Medical and sanitary report of the native army of Bengal for the year
Year: 1875
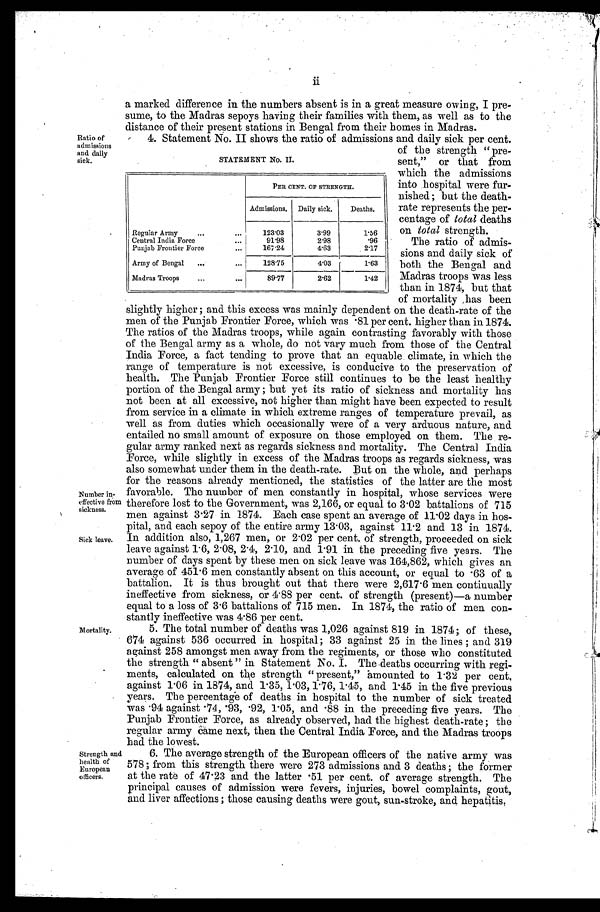
STATEMENT No. II.
PER CENT OF STRENGTH.
Admissions,
Daily sick.
Deaths.
Regular Army
. . .
123.03
3.99
1.56
Central India Force . . .
91.98
2.98
.96
Punjab Frontier Force
. . .
167.24
4.63
2.17
Army of Bengal
. . .
128.75
4.03
1.63
Madras Troops
. . .
89.77
2.62
1.42
Ratio of
admissions
and daily
sick.
Number in
-effective from
sickness.
Sick leave.
Mortality.
a marked difference in the numbers absent is in a great measure owing, I pre
-sume, to the Madras sepoys having their families with them, as well as to the
distance of their present stations in Bengal from their homes in Madras.
4. Statement No. II shows the ratio of admissions and daily sick per cent.
of the strength "pre
-sent," or that from
which tthe admissions
into hospital were
fur-nished; but the death--
rate represents the per
-centage
of total deaths
on tota ls t r e . n g t h .
The ratio of admis
- s i o n s a n d d a i l y s i c k o f
both the Bengal and
Madras troops was less
than in 1874, but that
of mortality ,has been
slightly higher; and this excess was mainly dependent on the death-rate of the
men of the Punjab Frontier Force, which was .81 per cent. higher than in 1874.
The ratios of the Madras troops, while again contrasting favorably with those
of the Bengal army as a whole, do not vary much from those of the Central
India Force, a fact tending to prove that an equable climate, in which the
range of temperature is not excessive, is conducive to the preservation of
health. The Punjab Frontier Force still continues to be the least healthy
portion of the Bengal army; but yet its ratio of sickness and mortality has
not been at all excessive, not higher than might have been expected to result
from service in a climate in which extreme ranges of temperature prevail, as
well as from duties which occasionally were of a very arduous nature, and
entailed no small amount of exposure on those employed on them. The re
-gular army ranked next as regards sickness and mortality. The Central India
Force, while slightly in excess of the Madras troops as regards sickness, was
also somewhat under them in the death-rate. But on the whole, and perhaps
for the reasons already mentioned, the statistics of the latter are the most
favorable. The number of men constantly in hospital, whose services were
therefore lost to the Government, was 2,166, or equal to 3.02 battalions of 715
men against 3.27 in 1874. Each case spent an average of 11.02 days in hos
-pital, and each sepoy of the entire army 13.03, against 11.2 and 13 in 1874.
In addition also, 1,267 men, or 2.02 per cent. of strength, proceeded on sick
leave against 1.6, 2.08, 2.4, 2.10, and 1.91 in the preceding five years. The
number of days spent by these men on sick leave was 164,862, which gives an
average of 451.6 men constantly absent on this account, or equal to .63 of a
battalion. It is thus brought out that there were 2,617.6 men continually
ineffective from sickness, or 4.88 per cent. of strength (present)—a number
equal to a loss of 3.6 battalions of 715 men. In 1874, the ratio of men con
-stantly ineffective was 4-86 per cent.
5 . T h e t o t a l n u m b e r o I d e a t n s w a s 1 , 0 2 6 a g a i n s t 8 1 9i
n
1 8 7 4 ;o
f t h e s e ,
674 against 536 occurred in hospital; 33 against 25 in the lines; and 319
against 258 amongst men away from the regiments, or those who constituted
the strength "absent" in Statement No. I. The deaths occurring with regi
- m e n t s , c a l c u l a t e d o n t h e s t r e n g t h " p r e s e n t , " a m o u n t e d t o 1 . 3 2p
e r
c e n t ,
against 1.06 in 1874, and 1.35, 1.03, 1.76, 1.45, and 1.45 in the five previous
years. The percentage of deaths in hospital to the number of sick treated
was .94 against .74, .93, .92, 1.05, and .88 in the preceding five years. The
Punjab Frontier Force, as already observed, had the highest death-rate; the
regular army Came next, then the Central India Force, and the Madras troops
had. the lowest.
Strength and
health of
European
officers.
6. The average strength of the European officers of the native army was
578; from this strength there were 273 admissions and 3 deaths; the former
at the rate of 47.23 and the latter .51 per cent of average strength. The
principal causes of admission were fevers, injuries, bowel complaints, gout,
and liver affections; those causing deaths were gout, sun-stroke, and hepatitis,